Report on vaccination in the Province of Bengal - 1869-1873
Year: 1869
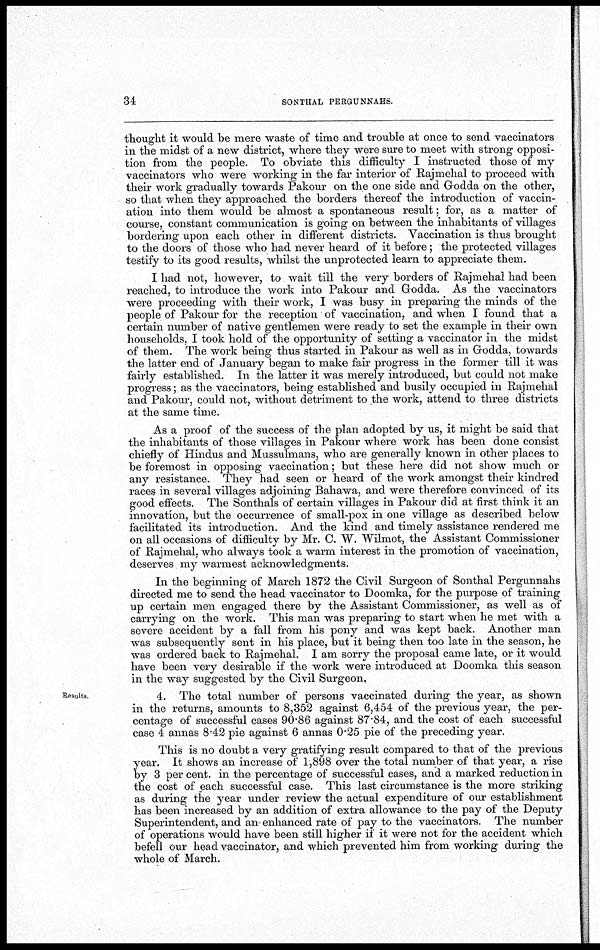
34
SONTHAL PERGUNNAHS.
thought it would be mere waste of time and trouble at once to send vaccinators
in the midst of a new district, where they were sure to meet with strong opposi-
tion from the people. To obviate this difficulty I instructed those of my
vaccinators who were working in the far interior of Rajmehal to proceed with
their work gradually towards Pakour on the one side and Godda on the other,
so that when they approached the borders thereof the introduction of vaccin-
ation into them would be almost a spontaneous result; for, as a matter of
course, constant communication is going on between the inhabitants of villages
bordering upon each other in different districts. Vaccination is thus brought
to the doors of those who had never heard of it before; the protected villages
testify to its good results, whilst the unprotected learn to appreciate them.
I had not, however, to wait till the very borders of Rajmehal had been
reached, to introduce the work into Pakour and Godda. As the vaccinators
were proceeding with their work, I was busy in preparing the minds of the
people of Pakour for the reception of vaccination, and when I found that a
certain number of native gentlemen were ready to set the example in their own
households, I took hold of the opportunity of setting a vaccinator in the midst
of them. The work being thus started in Pakour as well as in Godda, towards
the latter end of January began to make fair progress in the former till it was
fairly established. In the latter it was merely introduced, but could not make
progress; as the vaccinators, being established and busily occupied in Rajmehal
and Pakour, could not, without detriment to the work, attend to three districts
at the same time.
As a proof of the success of the plan adopted by us, it might be said that
the inhabitants of those villages in Pakour where work has been done consist
chiefly of Hindus and Mussulmans, who are generally known in other places to
be foremost in opposing vaccination; but these here did not show much or
any resistance. They had seen or heard of the work amongst their kindred
races in several villages adjoining Bahawa, and were therefore convinced of its
good effects. The Sonthals of certain villages in Pakour did at first think it an
innovation, but the occurrence of small-pox in one village as described below
facilitated its introduction. And the kind and timely assistance rendered me
on all occasions of difficulty by Mr. C. W. Wilmot, the Assistant Commissioner
of Rajmehal, who always took a warm interest in the promotion of vaccination,
deserves my warmest acknowledgments.
In the beginning of March 1872 the Civil Surgeon of Sonthal Pergunnahs
directed me to send the head vaccinator to Doomka, for the purpose of training
up certain men engaged there by the Assistant Commissioner, as well as of
carrying on the work. This man was preparing to start when he met with a
severe accident by a fall from his pony and was kept back. Another man
was subsequently sent in his place, but it being then too late in the season, he
was ordered back to Rajmehal. I am sorry the proposal came late, or it would
have been very desirable if the work were introduced at Doomka this season
in the way suggested by the Civil Surgeon,
Results
4. The total number of persons vaccinated during the year, as shown
in the returns, amounts to 8,352 against 6,454 of the previous year, the per-
centage of successful cases 90.86 against 87.84, and the cost of each successful
case 4 annas 8.42 pie against 6 annas 0.25 pie of the preceding year.
This is no doubt a very gratifying result compared to that of the previous
year. It shows an increase of 1,898 over the total number of that year, a rise
by 3 per cent. in the percentage of successful cases, and a marked reduction in
the cost of each successful case. This last circumstance is the more striking
as during the year under review the actual expenditure of our establishment
has been increased by an addition of extra allowance to the pay of the Deputy
Superintendent, and an enhanced rate of pay to the vaccinators. The number
of operations would have been still higher if it were not for the accident which
befell our head vaccinator, and which prevented him from working during the
whole of March.